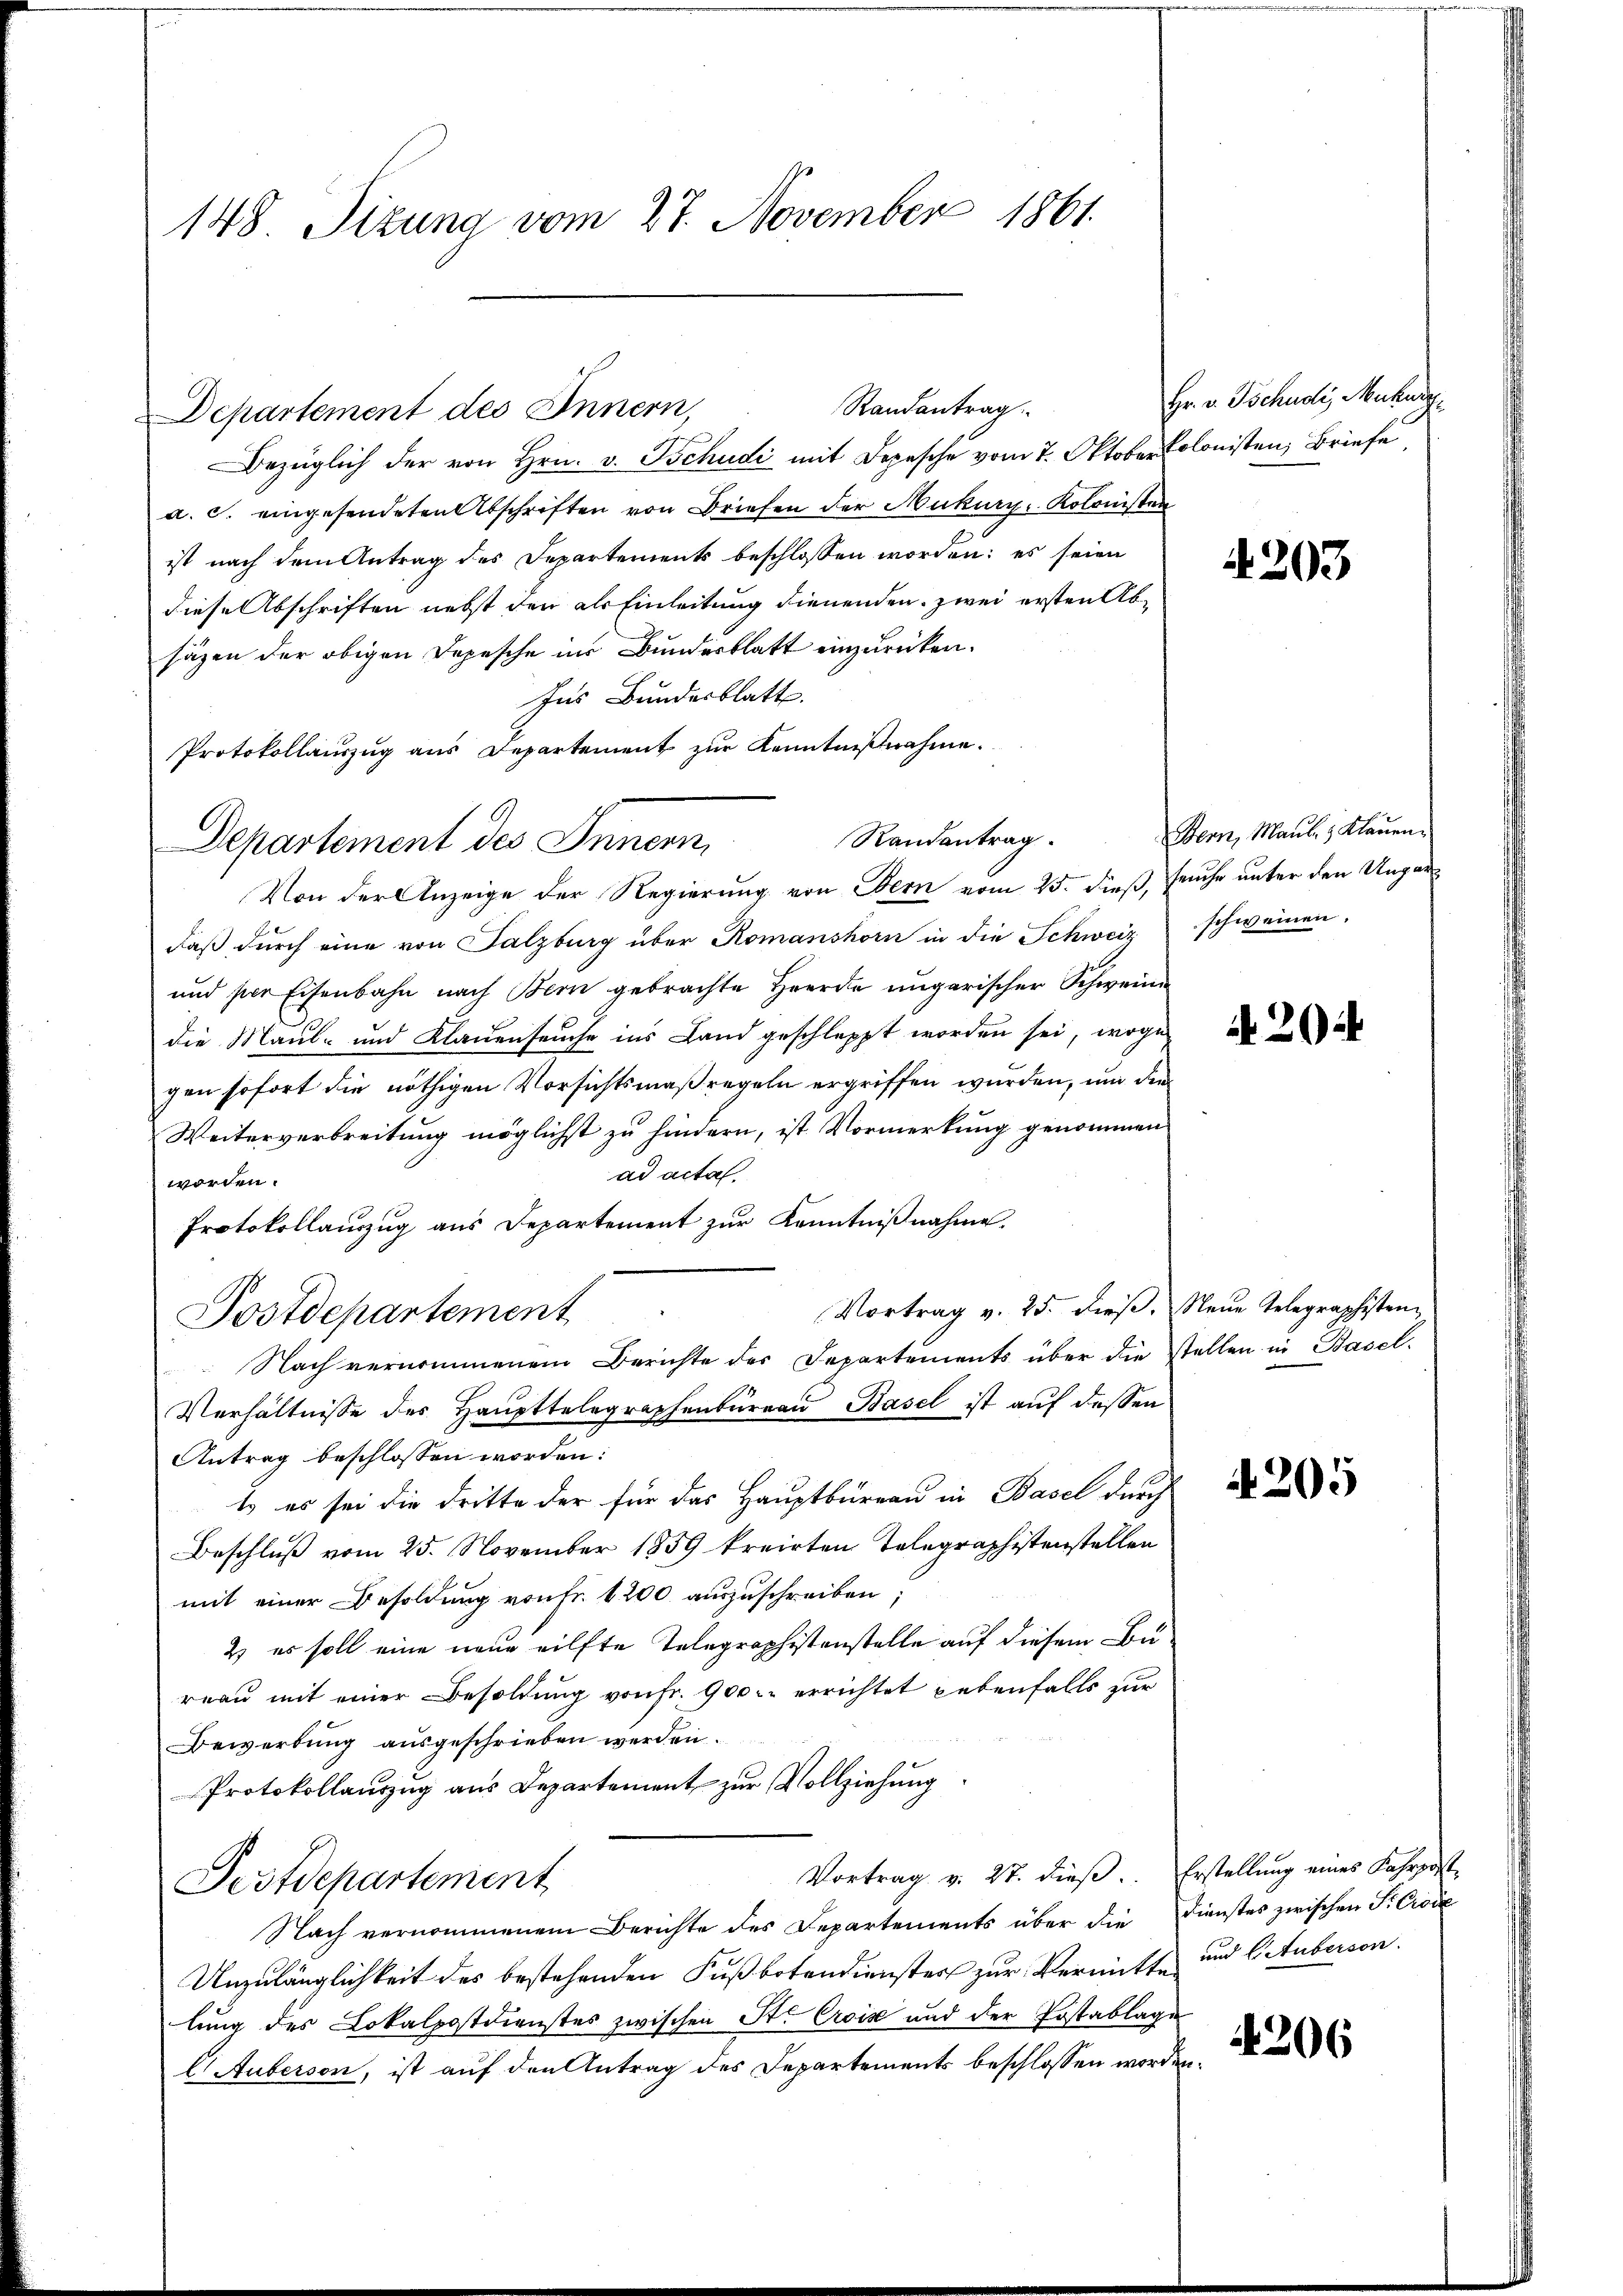
148. Sizung vom 27. November 1861.

Departement des Innern,

Bezüglich der von Hrn. v. Tschudi mit Depesche vom 7. Oktober Colonisten Briefe
a. c. eingesendeten Abschriften von Briefen der Mukury, Kolonisten
ist nach dem Antrag des Departements beschlossen worden: es seien
diese Abschriften nebst den als Einleitung dienenden, zwei ersten Absäzen der obigen Depesche ins Bundesblatt einzurücken.
Ins Bundesblatt.
Protokollauszug aus Departement zur Kenntnißnahme.
Randantrag.
Von der Anzeige der Regierung von Bern vom 25. dieß, Fruche unter den Ungar
daβ dŭrch eine von Salzburg über Komanshorn in die Schweiz schweinen.
und per Eisenbahn nach Bern gebrachte Heerde ungarischer Schweine
die Maul- und Klauenseuche ins Land geschleppt worden sei, woge
gen sofort die nöthigen Vorsichtsmaßregeln ergriffen wurden, um den
Weiterverbreitung möglichst zu hindern, ist Vormerkung genommen
ad acta.
worden.
Protokollauszug aus Departement zŭr Kenntniβnahme.
Vortrag v. 25. dieβ. Neue Telegraphisten¬
Postdepartement
Nach vernommenem Berichte der Departements über die stellen in Basel-
Verhältnisse des Haupttelegraphenbureau Basel ist auf dessen
Antrag beschlossen worden:
l es sei die dritte der für das Hauptbüreau in Basel durch
Beschluß vom 25. November 1859 freirten Telegraphistenstellen
mit einer Besoldung von Fr. 1200 auszuschreiben;
2) es soll eine neue eilfte Telegraphistenstelle auf diesem Bureau mit einer Besoldung von Fr. 900.- errichtet gebenfalls zur
Bewerbung ausgeschrieben werden.
Protokollauszug aus Departement zur Vollziehung
Vortrag v. 27. dieß. Erstellung eines Fahrpost-
Festdepartement
Nach vernommenem Berichte des Departements über die Dienstes zwischen P. Croix
Unzulänglichkeit des bestehenden Fußbotendienster zur Vermitte und Ostuberson.
lung des Lokalpostdienstes zwischen St. Crois und der Postablage
CAuberson, ist auf den Antrag des Departements beschlossen worden

Departement des Innern,

Randantrag

Hr. v. Tschudi Mukuig

4. 203

Bern, Maul- & Klauen.

20

4205

4206